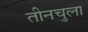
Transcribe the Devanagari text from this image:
तीनचुला